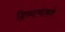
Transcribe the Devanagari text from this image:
दिव्यत्वाकडे